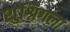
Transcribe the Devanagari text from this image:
शुश्निगला